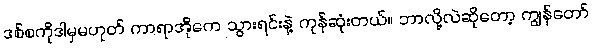
ဒစ်စကိုဒါမှမဟုတ် ကာရာအိုကေ သွားရင်းနဲ့ ကုန်ဆုံးတယ်။ ဘာလို့လဲဆိုတော့ ကျွန်တော်